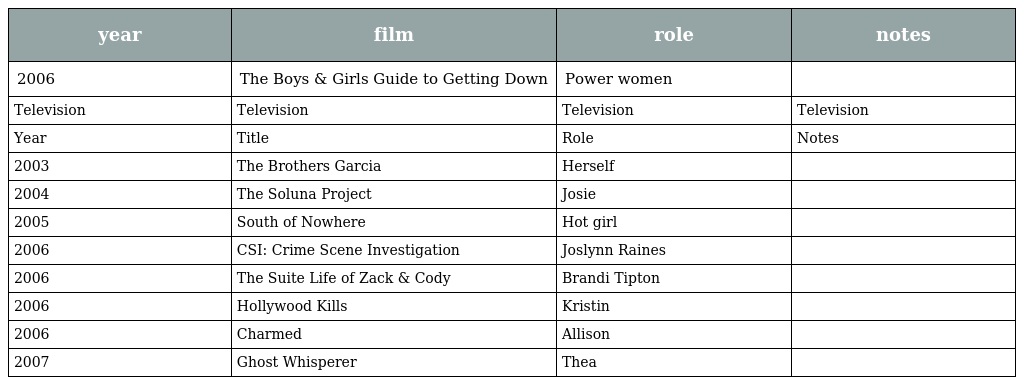
| year | film | role | notes |
 | --- | --- | --- | --- |
 | 2006 | The Boys & Girls Guide to Getting Down | Power women |  |
 | Television | Television | Television | Television |
 | Year | Title | Role | Notes |
 | 2003 | The Brothers Garcia | Herself |  |
 | 2004 | The Soluna Project | Josie |  |
 | 2005 | South of Nowhere | Hot girl |  |
 | 2006 | CSI: Crime Scene Investigation | Joslynn Raines |  |
 | 2006 | The Suite Life of Zack & Cody | Brandi Tipton |  |
 | 2006 | Hollywood Kills | Kristin |  |
 | 2006 | Charmed | Allison |  |
 | 2007 | Ghost Whisperer | Thea |  |